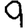
Digit: 9